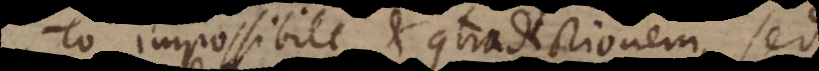
impossibile et contradictionem, sed